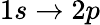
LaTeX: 1s\rightarrow 2p